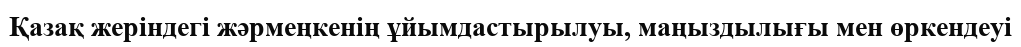
Қазақ жеріндегі жәрмеңкенің ұйымдастырылуы, маңыздылығы мен өркендеуі